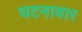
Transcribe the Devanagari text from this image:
घटनावार